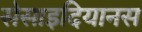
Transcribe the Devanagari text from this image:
सेसाइदियानस